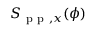
S _ { \mathrm { ~ p ~ p ~ } , x } ( \phi )